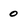
Character: 0